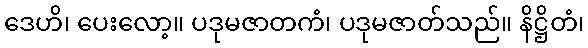
ဒေဟိ၊ ပေးလော့။ ပဒုမဇာတကံ၊ ပဒုမဇာတ်သည်။ နိဋ္ဌိတံ၊